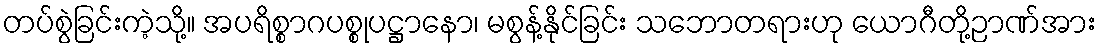
တပ်စွဲခြင်းကဲ့သို့။ အပရိစ္စာဂပစ္စုပဋ္ဌာနော၊ မစွန့်နိုင်ခြင်း သဘောတရားဟု ယောဂီတို့ဉာဏ်အား